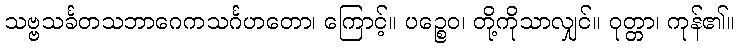
သဗ္ဗသင်္ခတသဘာဂေကသင်္ဂဟတော၊ ကြောင့်။ ပဉ္စေဝ၊ တို့ကိုသာလျှင်။ ဝုတ္တာ၊ ကုန်၏။